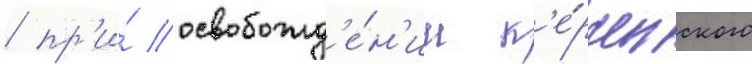
/ пр'и́ освобожд'е́н'ии к'е́рченского